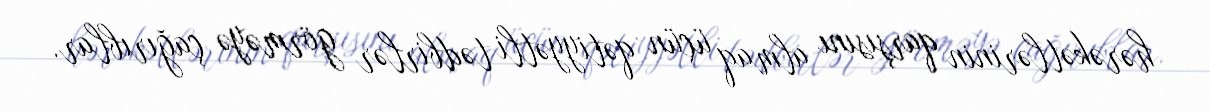
hərəkətlərinin qarşısını almaq üçün qətiyyətli tədbirlər görməyə çağırıblar.